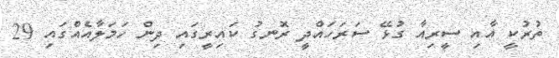
ތުރުކީ އާއި ސީރިއާ ގުޅޭ ސަރަހައްދީ ރޮނގު ކައިރީގައި ދިން ހަމަލާއެއްގައި 29